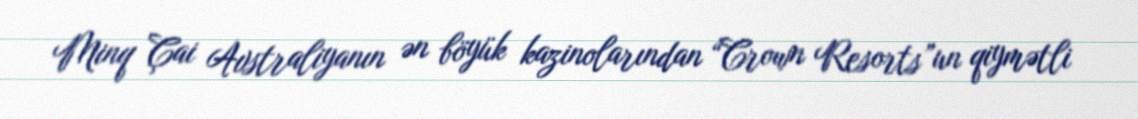
Minq Çai Avstraliyanın ən böyük kazinolarından “Crown Resorts”un qiymətli